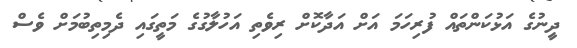
ދީނުގެ އަޅުކަންތައް ފުރިހަމަ އަށް އަދާކޮށް ރިވެތި އަހުލާގުގެ މަތީގައި ދެމިތިބުމަށް ވެސް